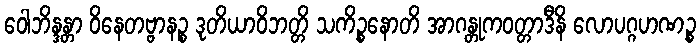
ဝေါဘိန္ဒန္တာ ဝိနေတဗ္ဗာနဉ္စ ဒုတိယာဝိဘတ္တိ သကိဉ္စနောတိ အာဂန္တုကဝတ္တာဒီနိ လောပဂ္ဂဟဏဉ္စ